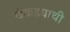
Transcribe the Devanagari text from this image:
खेकड्याची